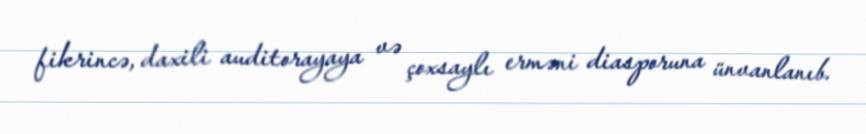
fikrincə, daxili auditorayaya və çoxsaylı erməni diasporuna ünvanlanıb.